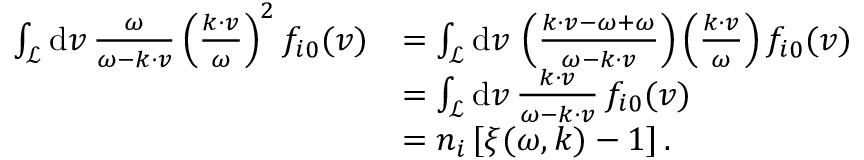
\begin{array} { r l } { \int _ { \mathcal { L } } \mathrm { d } \boldsymbol { v } \, \frac { \omega } { \omega - \boldsymbol { k } \cdot \boldsymbol { v } } \left( \frac { \boldsymbol { k } \cdot \boldsymbol { v } } { \omega } \right) ^ { 2 } f _ { i 0 } ( \boldsymbol { v } ) } & { = \int _ { \mathcal { L } } \mathrm { d } \boldsymbol { v } \, \left( \frac { \boldsymbol { k } \cdot \boldsymbol { v } - \omega + \omega } { \omega - \boldsymbol { k } \cdot \boldsymbol { v } } \right) \left( \frac { \boldsymbol { k } \cdot \boldsymbol { v } } { \omega } \right) f _ { i 0 } ( \boldsymbol { v } ) } \\ & { = \int _ { \mathcal { L } } \mathrm { d } \boldsymbol { v } \, \frac { \boldsymbol { k } \cdot \boldsymbol { v } } { \omega - \boldsymbol { k } \cdot \boldsymbol { v } } \, f _ { i 0 } ( \boldsymbol { v } ) } \\ & { = n _ { i } \, [ \xi ( \omega , \boldsymbol { k } ) - 1 ] \, . } \end{array}